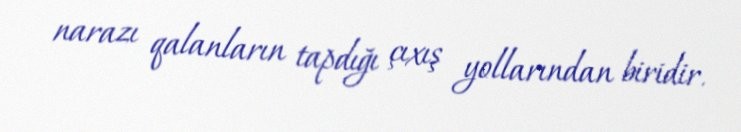
narazı qalanların tapdığı çıxış yollarından biridir.